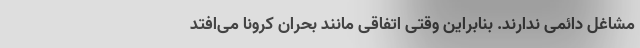
مشاغل دائمی ندارند. بنابراین وقتی اتفاقی مانند بحران کرونا می‌افتد